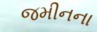
જમીનના